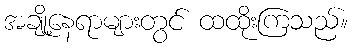
အချို့နေရာများတွင် ထထိုးကြသည်။